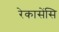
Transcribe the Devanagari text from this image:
रेकासेंसि